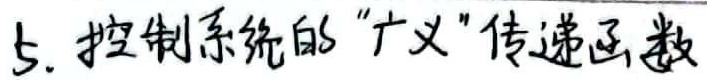
5. 控制系统的“广义”传递函数